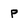
Character: P